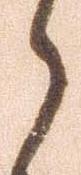
う